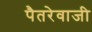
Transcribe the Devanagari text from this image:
पैतरेवाजी